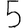
Digit: 5